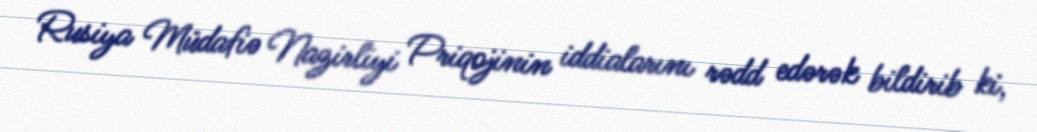
Rusiya Müdafiə Nazirliyi Priqojinin iddialarını rədd edərək bildirib ki,